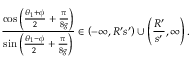
\frac { \cos \left( \frac { \theta _ { 1 } + \phi } { 2 } + \frac { \pi } { 8 g } \right) } { \sin \left( \frac { \theta _ { 1 } - \phi } { 2 } + \frac { \pi } { 8 g } \right) } \in \left( - \infty , R ^ { \prime } s ^ { \prime } \right) \cup \left( \frac { R ^ { \prime } } { s ^ { \prime } } , \infty \right) .